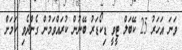
ވަނަ އަހަރު 25 ކޭބަލް ޓީވީ ޑިކޯޑަރު ބޭނުން ކުރައްވަމުން ގެންދެވި ކަމަށް